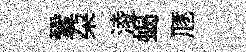
鞏朶淩蝎豗